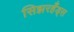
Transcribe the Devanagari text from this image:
सिझरहँड्स